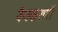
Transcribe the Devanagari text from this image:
वैयकरणों